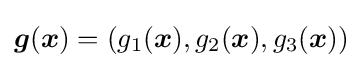
{\boldsymbol {g}}({\boldsymbol {x}})=\left(g_{1}({\boldsymbol {x}}),g_{2}({\boldsymbol {x}}),g_{3}({\boldsymbol {x}})\right)